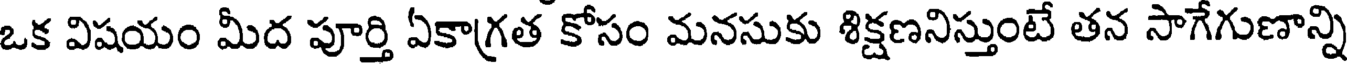
ఒక విషయం మీద పూర్తి ఏకాగ్రత కోసం మనసుకు శిక్షణనిస్తుంటే తన సాగేగుణాన్ని